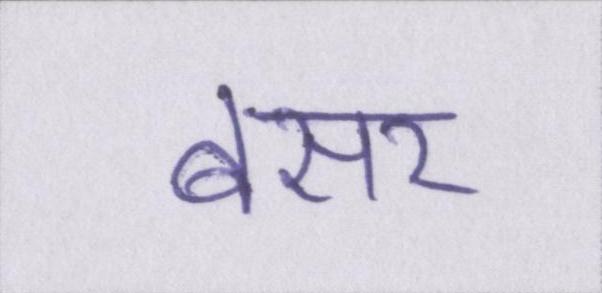
बसर